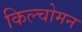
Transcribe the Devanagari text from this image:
किल्चोमन